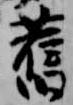
旧